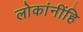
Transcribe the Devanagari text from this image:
लोकांनींहि